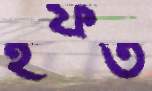
ইফত